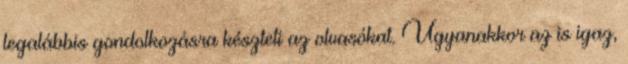
legalábbis gondolkozásra készteti az olvasókat. Ugyanakkor az is igaz,